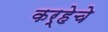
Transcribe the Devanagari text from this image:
कर्‍हेचे